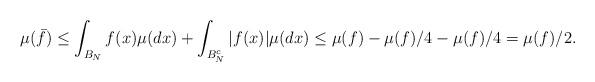
LaTeX: \begin{align*}\mu(\bar f) \le \int_{B_N} f(x) \mu(dx) + \int_{B^c_N} |f(x)| \mu(dx) \le \mu(f) - \mu(f) / 4 - \mu(f) / 4 = \mu(f) / 2.\end{align*}